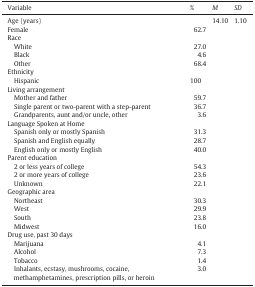
<table><thead><tr><td><b>Variable</b></td><td><b>%</b></td><td><b><i>M</i></b></td><td><b><i>SD</i></b></td></tr></thead><tbody><tr><td>Age (years)</td><td>[EMPTY_CELL]</td><td>14.10</td><td>1.10</td></tr><tr><td>Female</td><td>62.7</td><td>[EMPTY_CELL]</td><td>[EMPTY_CELL]</td></tr><tr><td>Race</td><td>[EMPTY_CELL]</td><td>[EMPTY_CELL]</td><td>[EMPTY_CELL]</td></tr><tr><td> White</td><td>27.0</td><td>[EMPTY_CELL]</td><td>[EMPTY_CELL]</td></tr><tr><td> Black</td><td>4.6</td><td>[EMPTY_CELL]</td><td>[EMPTY_CELL]</td></tr><tr><td> Other</td><td>68.4</td><td>[EMPTY_CELL]</td><td>[EMPTY_CELL]</td></tr><tr><td>Ethnicity</td><td>[EMPTY_CELL]</td><td>[EMPTY_CELL]</td><td>[EMPTY_CELL]</td></tr><tr><td> Hispanic</td><td>100</td><td>[EMPTY_CELL]</td><td>[EMPTY_CELL]</td></tr><tr><td>Living arrangement</td><td>[EMPTY_CELL]</td><td>[EMPTY_CELL]</td><td>[EMPTY_CELL]</td></tr><tr><td> Mother and father</td><td>59.7</td><td>[EMPTY_CELL]</td><td>[EMPTY_CELL]</td></tr><tr><td> Single parent or two-parent with a step-parent</td><td>36.7</td><td>[EMPTY_CELL]</td><td>[EMPTY_CELL]</td></tr><tr><td> Grandparents, aunt and/or uncle, other</td><td>3.6</td><td>[EMPTY_CELL]</td><td>[EMPTY_CELL]</td></tr><tr><td>Language Spoken at Home</td><td>[EMPTY_CELL]</td><td>[EMPTY_CELL]</td><td>[EMPTY_CELL]</td></tr><tr><td> Spanish only or mostly Spanish</td><td>31.3</td><td>[EMPTY_CELL]</td><td>[EMPTY_CELL]</td></tr><tr><td> Spanish and English equally</td><td>28.7</td><td>[EMPTY_CELL]</td><td>[EMPTY_CELL]</td></tr><tr><td> English only or mostly English</td><td>40.0</td><td>[EMPTY_CELL]</td><td>[EMPTY_CELL]</td></tr><tr><td>Parent education</td><td>[EMPTY_CELL]</td><td>[EMPTY_CELL]</td><td>[EMPTY_CELL]</td></tr><tr><td> 2 or less years of college</td><td>54.3</td><td>[EMPTY_CELL]</td><td>[EMPTY_CELL]</td></tr><tr><td> 2 or more years of college</td><td>23.6</td><td>[EMPTY_CELL]</td><td>[EMPTY_CELL]</td></tr><tr><td> Unknown</td><td>22.1</td><td>[EMPTY_CELL]</td><td>[EMPTY_CELL]</td></tr><tr><td>Geographic area</td><td>[EMPTY_CELL]</td><td>[EMPTY_CELL]</td><td>[EMPTY_CELL]</td></tr><tr><td> Northeast</td><td>30.3</td><td>[EMPTY_CELL]</td><td>[EMPTY_CELL]</td></tr><tr><td> West</td><td>29.9</td><td>[EMPTY_CELL]</td><td>[EMPTY_CELL]</td></tr><tr><td> South</td><td>23.8</td><td>[EMPTY_CELL]</td><td>[EMPTY_CELL]</td></tr><tr><td> Midwest</td><td>16.0</td><td>[EMPTY_CELL]</td><td>[EMPTY_CELL]</td></tr><tr><td>Drug use, past 30 days</td><td>[EMPTY_CELL]</td><td>[EMPTY_CELL]</td><td>[EMPTY_CELL]</td></tr><tr><td> Marijuana</td><td>4.1</td><td>[EMPTY_CELL]</td><td>[EMPTY_CELL]</td></tr><tr><td> Alcohol</td><td>7.3</td><td>[EMPTY_CELL]</td><td>[EMPTY_CELL]</td></tr><tr><td> Tobacco</td><td>1.4</td><td>[EMPTY_CELL]</td><td>[EMPTY_CELL]</td></tr><tr><td> Inhalants, ecstasy, mushrooms, cocaine, methamphetamines, prescription pills, or heroin</td><td>3.0</td><td>[EMPTY_CELL]</td><td>[EMPTY_CELL]</td></tr></tbody></table>